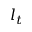
l _ { t }